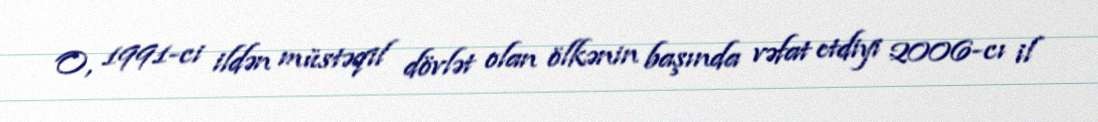
O, 1991-ci ildən müstəqil dövlət olan ölkənin başında vəfat etdiyi 2006-cı il